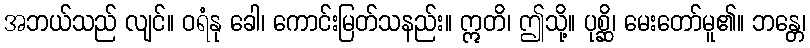
အဘယ်သည် လျင်။ ဝရံနု ခေါ၊ ကောင်းမြတ်သနည်း။ ဣတိ၊ ဤသို့။ ပုစ္ဆိ၊ မေးတော်မူ၏။ ဘန္တေ၊